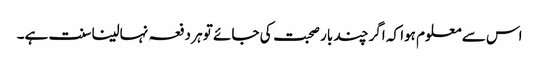
اس سے معلوم ہوا کہ اگر چند بار صحبت کی جائے تو ہر دفعہ نہالینا سنت ہے۔